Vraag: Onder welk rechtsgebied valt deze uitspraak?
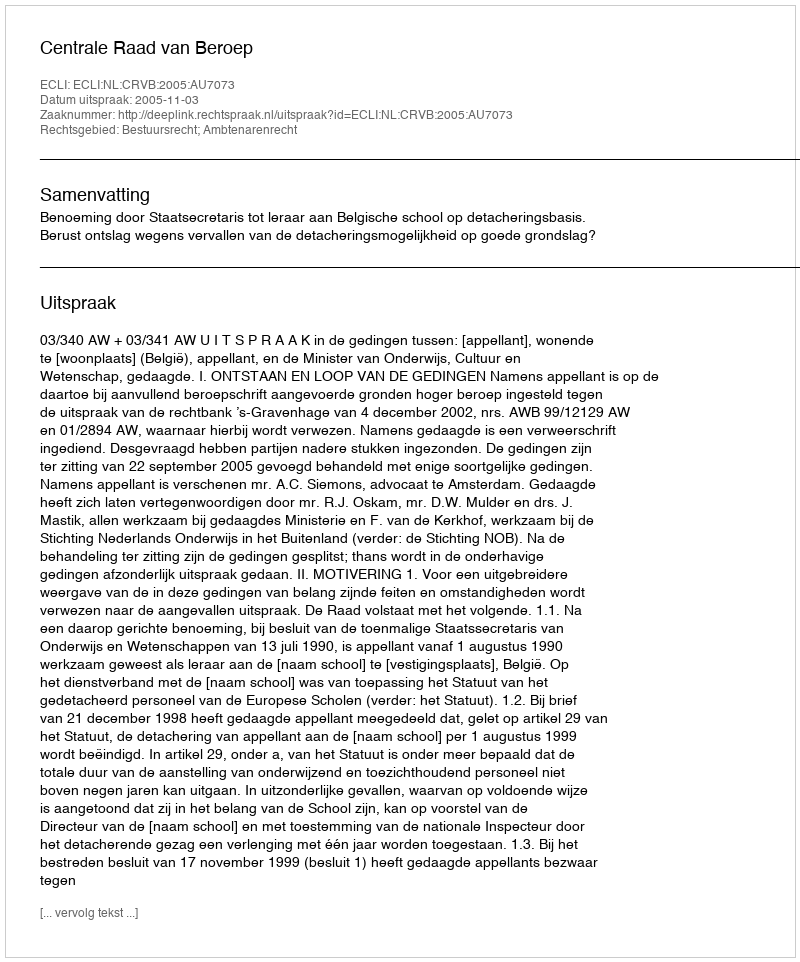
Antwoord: Bestuursrecht; Ambtenarenrecht